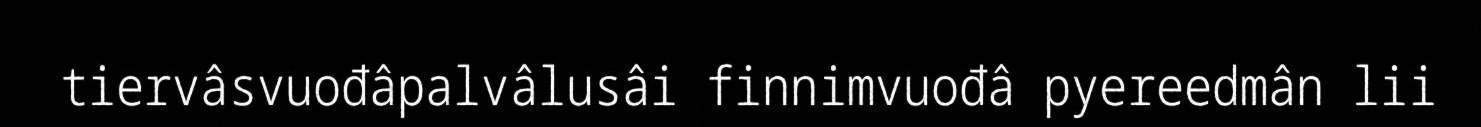
tiervâsvuođâpalvâlusâi finnimvuođâ pyereedmân lii